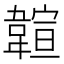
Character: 𩏆